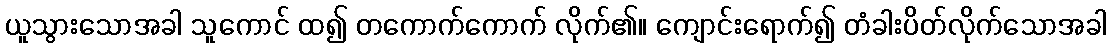
ယူသွားသောအခါ သူကောင် ထ၍ တကောက်ကောက် လိုက်၏။ ကျောင်းရောက်၍ တံခါးပိတ်လိုက်သောအခါ